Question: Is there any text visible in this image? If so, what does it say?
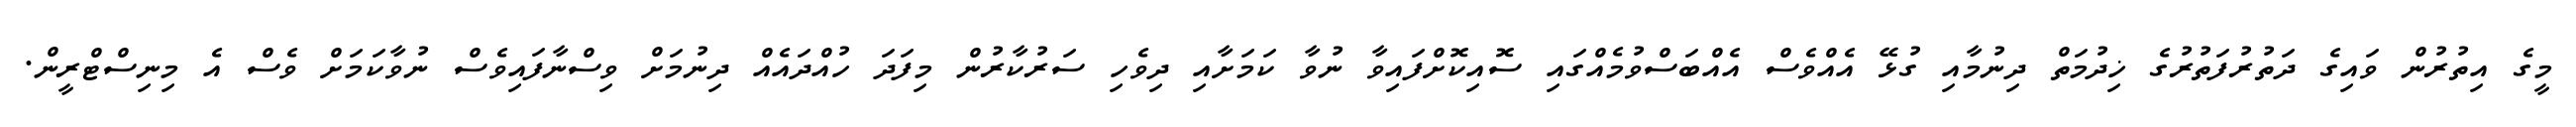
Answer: މީގެ އިތުރުން ވައިގެ ދަތުރުފަތުރުގެ ޚިދުމަތް ދިނުމާއި ގުޅޭ އެއްވެސް އެއްބަސްވުމެއްގައި ސޮއިކޮށްފައިވާ ނުވާ ކަމަށާއި ދިވެހި ސަރުކާރުން މިފަދަ ހުއްދައެއް ދިނުމަށް ވިސްނާފައިވެސް ނުވާކަމަށް ވެސް އެ މިނިސްޓްރީން.